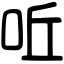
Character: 𠰋